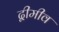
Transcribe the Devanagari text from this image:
द्वीमीव